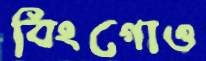
বিংগোও